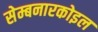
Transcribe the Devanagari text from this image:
सेम्बनारकोइल